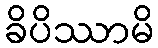
ခိပိဿာမိ